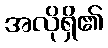
အလိုရှိ၏